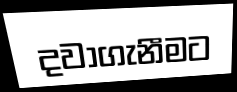
දවාගැනීමට